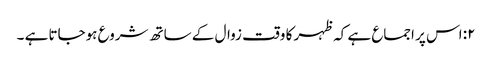
۲: اس پر اجماع ہے کہ ظہر کا وقت زوال کے ساتھ شروع ہوجاتا ہے ۔